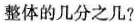
整体的几分之几?